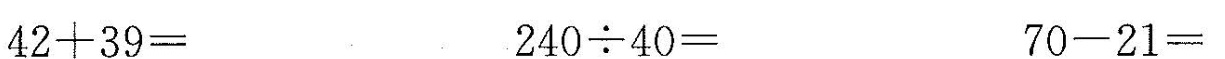
$$4 2 + 3 9 =$$ $$2 4 0 \div 4 0 =$$ $$7 0 - 2 1 =$$